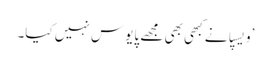
’ویسپا نے کبھی بھی مجھے پایوس نہیں کیا۔